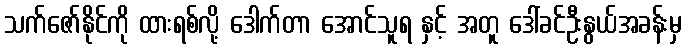
သက်ဇော်နိုင်ကို ထားရစ်လို့ ဒေါက်တာ အောင်သူရ နှင့် အတူ ဒေါ်ခင်ဦးနွယ်အခန်းမှ